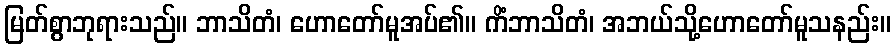
မြတ်စွာဘုရားသည်။ ဘာသိတံ၊ ဟောတော်မူအပ်၏။ ကိံဘာသိတံ၊ အဘယ်သို့ဟောတော်မူသနည်း။